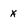
Character: x